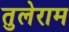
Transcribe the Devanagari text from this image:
तुलेराम